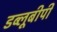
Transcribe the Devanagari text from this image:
डब्लूबीपी